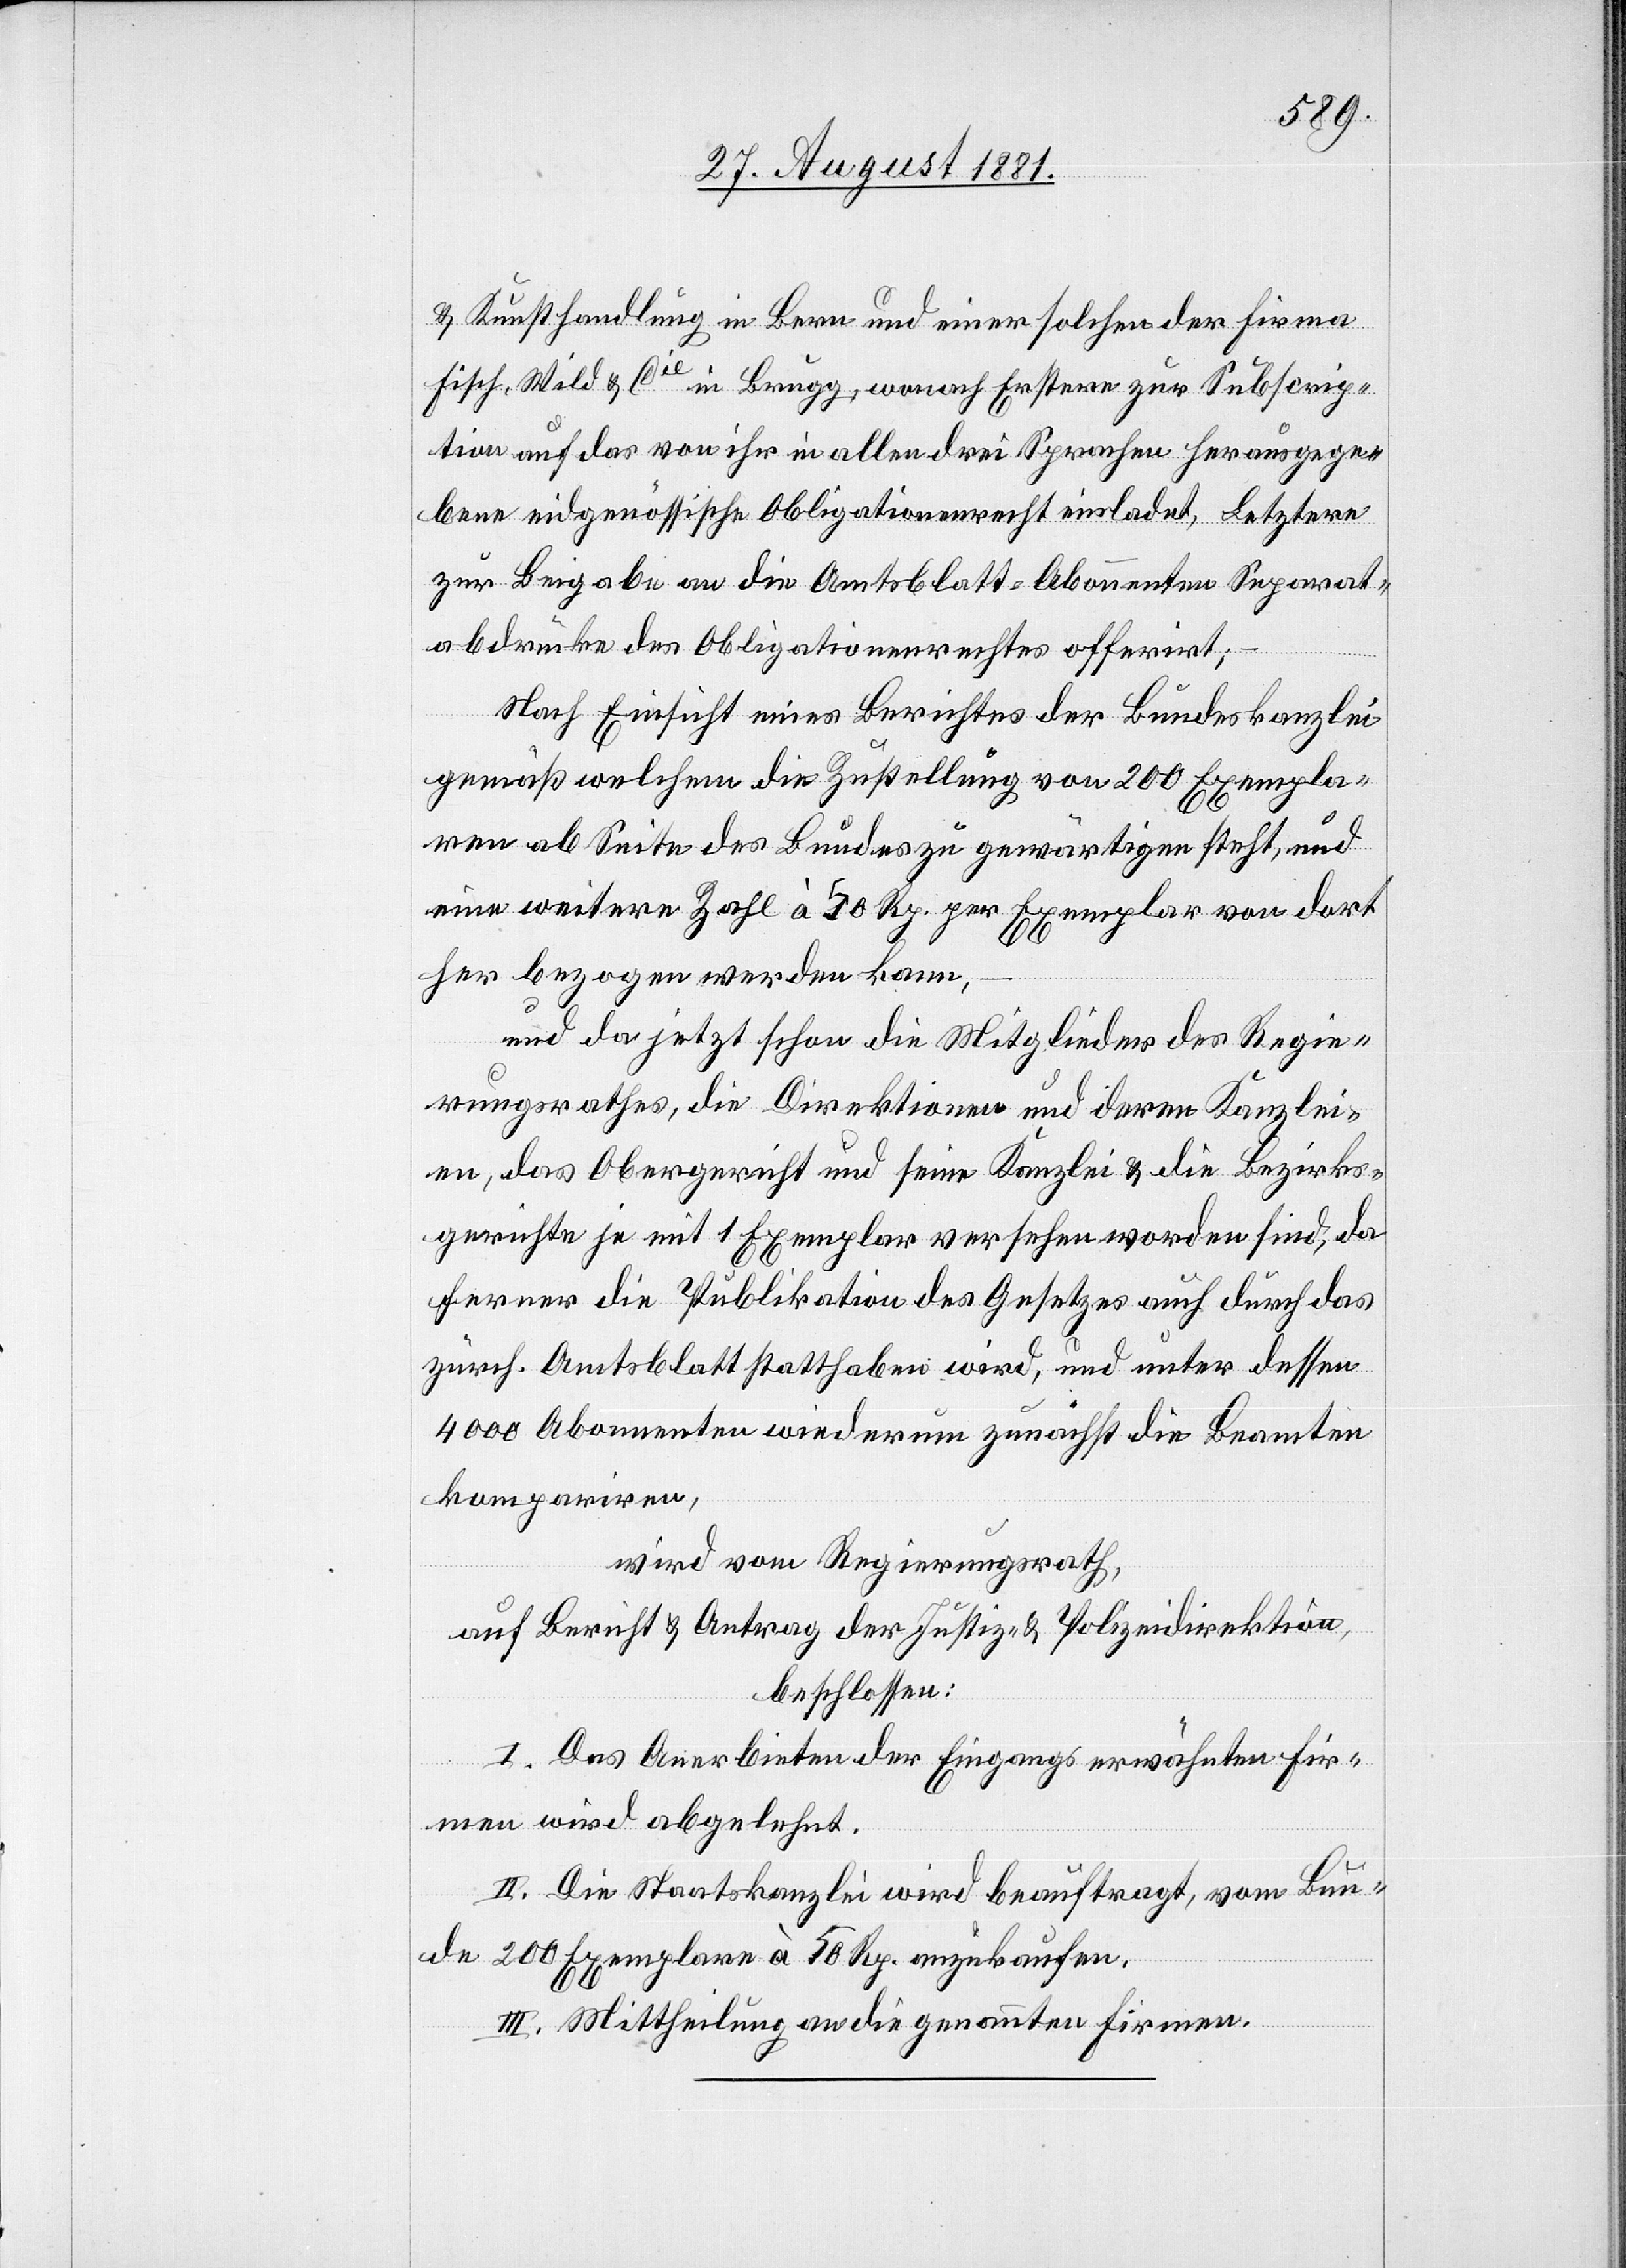
& Kunsthandlung in Bern und einer solchen der Firma
Fisch, Wild & Cie in Brugg, wonach Erstere zur Subscrip¬
tion auf das von ihr in allen drei Sprachen herausgege¬
bene eidgenössische Obligationsrecht einladet, Letztere
zur Beigabe an die Amtsblatt-Abonnenten Separat¬
drucke des Obligationenrechtes offerirt;
–
Nach Einsicht eines Berichtes der Bundeskanzlei
gemäß welchem die Zustellung vom 200 Exempla¬
ren ab Seite des Bundes zu gewärtigen steht, und
eine weitere Zahl à 50 Rp. per Exemplar von dort
her bezogen werden kann,
und da jetzt schon die Mitglieder des Regie¬
rungsrathes, die Direktionen und deren Kanzlei¬
en, das Obergericht und seine Kanzlei & die Bezirks¬
gerichte je mit 1 Exemplar versehen worden sind, da
ferner die Publikation des Gesetzes auch durch das
zürch. Amtsblatt statthaben wird, und unter dessen
4000 Abonnenten wiederum zunächst die Beamten
kompariren,
wird vom Regierungsrath,
auf Bericht & Antrag der Justiz- & Polizeidirektion,
beschlossen:
I. Das Anerbieten der Eingangs erwähnten Fir¬
men wird abgelehnt.
II. Die Staatskanzlei wird beauftragt, vom Bun¬
de Exemplare à 50 Rp. anzukaufen.
III. Mittheilung an die genannten Firmen.